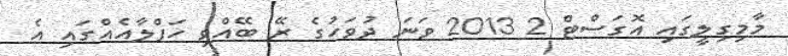
މާމިގިލީގައި އޮގަސްޓް 2 2013 ވަނަ ދުވަހުގެ ރޭ ބޭއްވި ހަފްލާއެއްގައި އެ